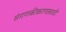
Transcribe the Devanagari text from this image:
संगणकीकरणासाठी